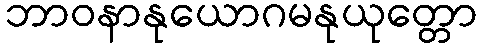
ဘာဝနာနုယောဂမနုယုတ္တော